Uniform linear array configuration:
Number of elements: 4
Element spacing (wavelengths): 1
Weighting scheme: hann
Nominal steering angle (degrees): -30
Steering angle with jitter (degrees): -31.075
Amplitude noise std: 0.05
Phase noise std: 0.05

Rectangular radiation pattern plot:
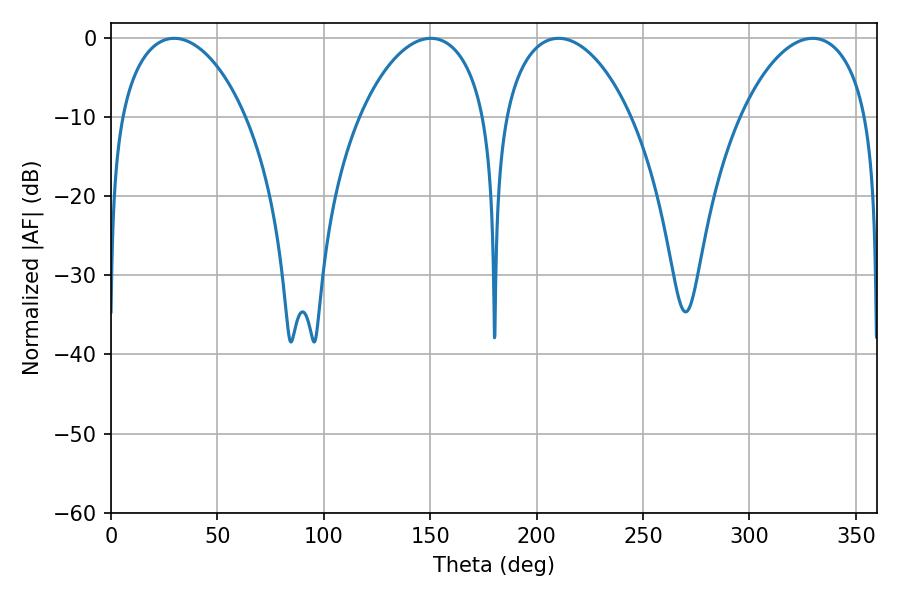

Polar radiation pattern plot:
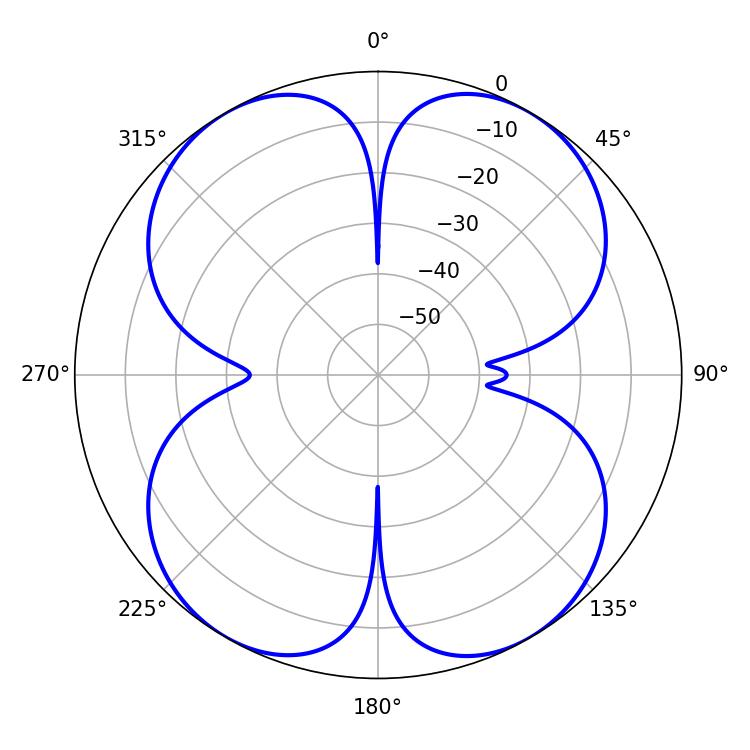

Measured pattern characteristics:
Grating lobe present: TRUE
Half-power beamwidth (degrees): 33.84
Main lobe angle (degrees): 29.7